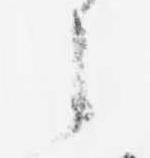
之